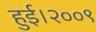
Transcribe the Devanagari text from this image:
हुई।२००९